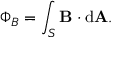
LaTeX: \Phi _ { B } = \int _ { S } \mathbf { B } \cdot \mathrm { d } \mathbf { A } . \,